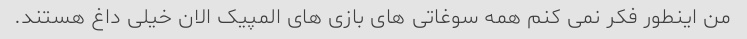
من اینطور فکر نمی کنم همه سوغاتی های بازی های المپیک الان خیلی داغ هستند.